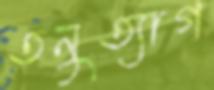
তনুত্যাগ